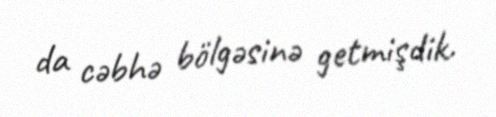
da cəbhə bölgəsinə getmişdik.